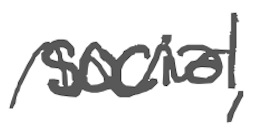
Text: social,
Cross-out: wave
Writing tool: digital_gray